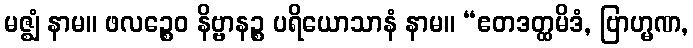
မဇ္ဈံ နာမ။ ဖလဉ္စေဝ နိဗ္ဗာနဉ္စ ပရိယောသာနံ နာမ။ “ဧတဒတ္ထမိဒံ, ဗြာဟ္မဏ,